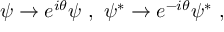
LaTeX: \psi \rightarrow e ^ { i \theta } \psi \ , \ \psi ^ { * } \rightarrow e ^ { - i \theta } \psi ^ { * } ~ ,